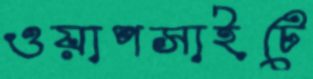
ওয়াপসাইটে